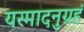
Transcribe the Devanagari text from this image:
यस्मादनुग्रहं